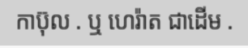
កាប៊ុល . ឬ ហេរ៉ាត ជាដើម .